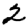
Digit: 2